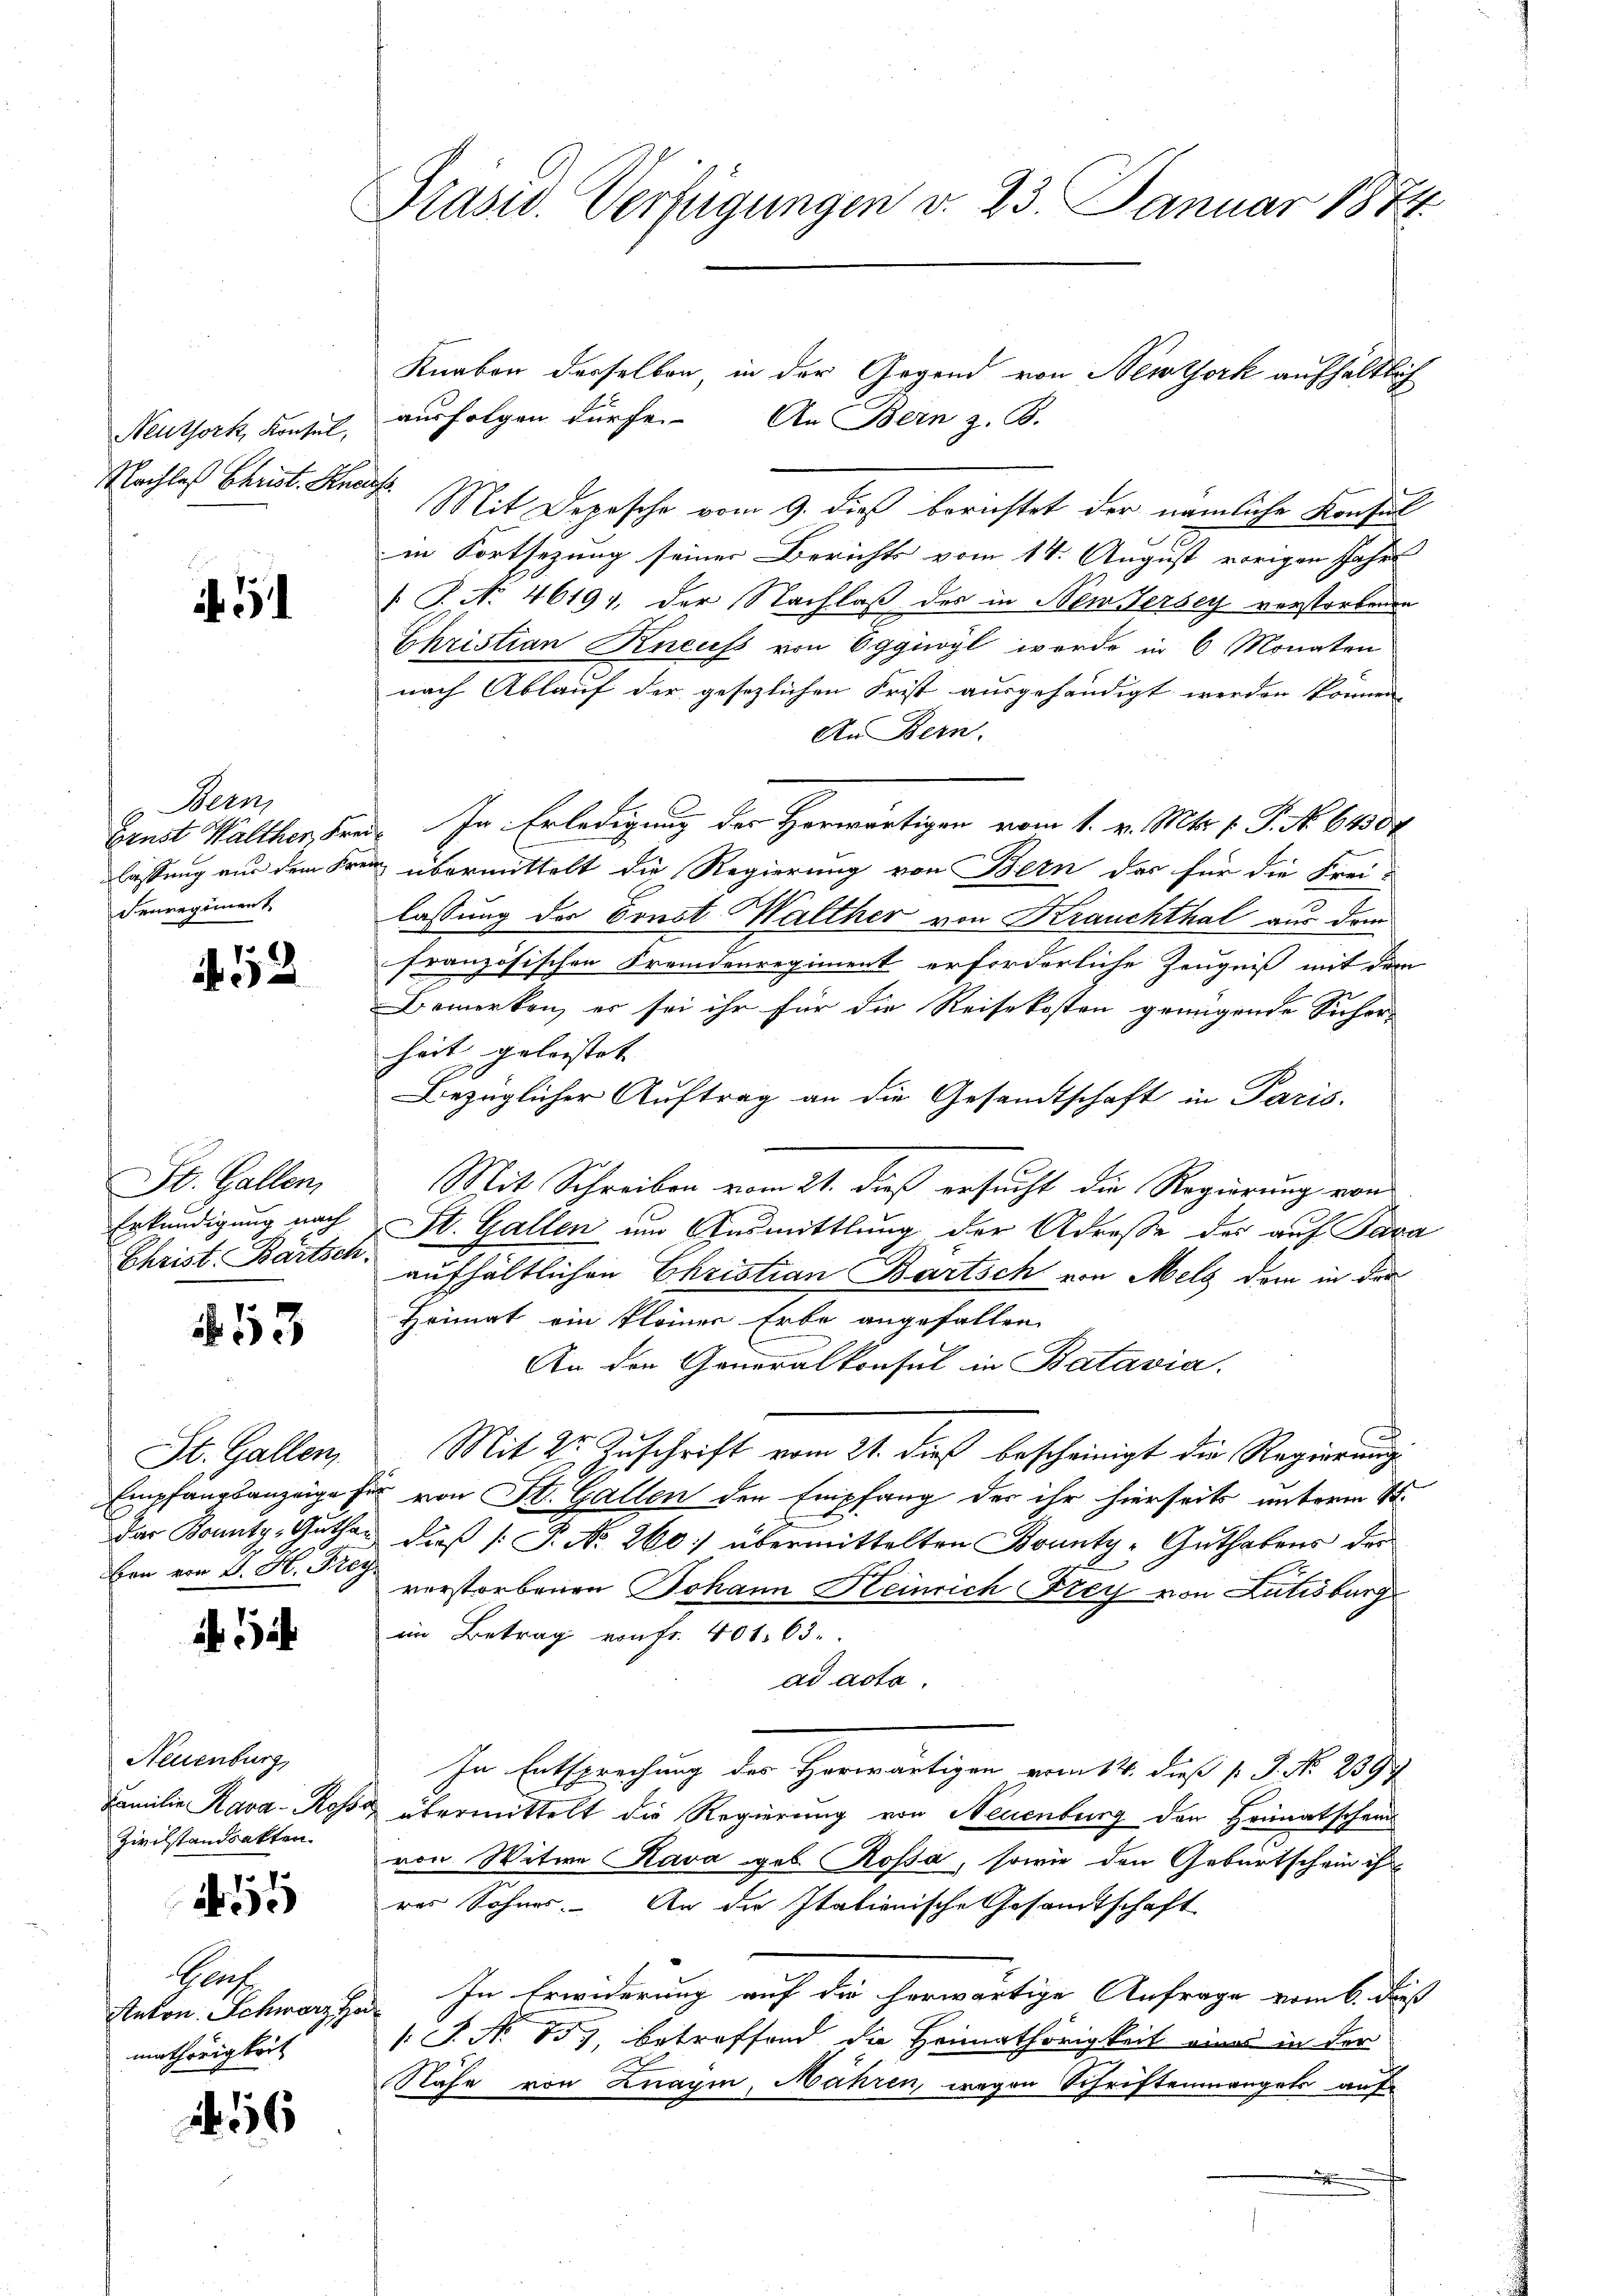
Präsid. Verfügungen v. 23. Januar 1874.

Knaben derselben, in der Gegend von Newtork aufhaltlich
ausfolgen dürfe. An Bern z. B.
ass
Mit Depesche vom 9. dieß berichtet der nämliche Konsul
in Fortsezung seiner Berichts vom 14. August vorigen Jahre
T. N. 46191, der Nachlaß des in New Jersey verstorbenen
Christian Kneuf von Eggivyl werde in 6 Monaten
nach Ablauf der gesezlichen Frist ausgehändigt werden können. |
An Bern.
Brust Walther, Frei In Erledigung der Horwärtigen vom 1. v. Mts. f. P. No 6400
i übermittelt die Regierung von Bern das für die Frei-
lassung der Ernst Walther von Krauchthal aus dem
französischen Fremdenregiment erforderliche Zeugniß mit dem
Bemerken, er sei ihr für die Reisekosten genügende Sicher-
heit geleistet |
Bezüglicher Auftrag an die Gesandtschaft in Paris.
Mit Schreiben vom 21. dieß ersucht die Regierung von
St. Gallen um Ausmittlung der Adresse der auf Para
aufhältlichen Christian Bartsch von Mell dem in der
Heimat ein kleiner Erbe angefallen.
An den Generalkonsul in Batavia.
Mit 25. Zuschrift vom 21. dieß bescheinigt die Regierung
Empfangsanzeige für von St. Gallen den Empfang der ihr hierseits unterm 4ten
Der Konntg. Guthan dieß (: P. No. 260. übermittelten Bounty-Guthabens der
verstorbenen Johann Heinrich Frey von Lutisburg
im Betrag von Fr. 401. 63.
ad acta.
In Entsprechung der Herwärtigen vom 14. dieß P. J. No. 2397
Familie Kava-Rosse übermittelt die Regierung von Neuenburg der Heimatschein
von Witwe Kava geb. Rossa, sowie den Geburtschein ihr
rer Sohnes. An die Itationische Gesandtschaft
In Erwiderung auf die herwärtige Anfrage vom 6. Dieß
t
[S. No 133, betreffend die Heimathörigkeit uns in der
Nähe von Znaym, Mähren, wegen Schriftenmangels auf

Meuthork, Konsul,
Machtes Christ. Ane

if. 1

Bern,
lassung nur dem Krei
denregiment

52

St. Gallen,
Erkundigung nach
Christ. Bartsch

53

St. Gallen
ben von G. H. Frey

Neuenburg
Zivilstandsakten.

12
)

Graf
Anton Schwarz
mathörigkeit

6